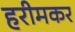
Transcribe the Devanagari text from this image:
हरीमकर